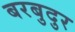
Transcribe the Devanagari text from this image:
बरबुदुर